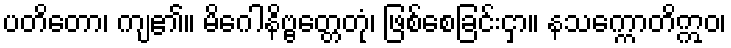
ပတိတော၊ ကျ၏။ မိဂေါနိဗ္ဗတ္တေတုံ၊ ဖြစ်စေခြင်းငှာ။ နသက္ကောတိဣဝ၊